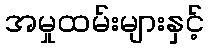
အမှုထမ်းများနှင့်